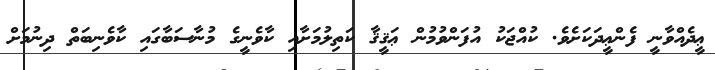
ޢީދެއްވާނީ ފެންޢީދަކަށެވެ. ކުއްޖަކު އުފަންވުމުން ޢަޤީޤާ ކަތިލުމަށާއި ކާވެނީގެ މުނާސަބާގައި ކާވެނިބަތް ދިނުމަށް